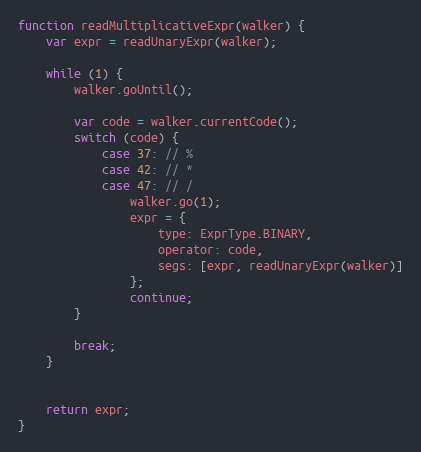
Language: JavaScript
function readMultiplicativeExpr(walker) {
    var expr = readUnaryExpr(walker);

    while (1) {
        walker.goUntil();

        var code = walker.currentCode();
        switch (code) {
            case 37: // %
            case 42: // *
            case 47: // /
                walker.go(1);
                expr = {
                    type: ExprType.BINARY,
                    operator: code,
                    segs: [expr, readUnaryExpr(walker)]
                };
                continue;
        }

        break;
    }

    return expr;
}